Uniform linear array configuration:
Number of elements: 12
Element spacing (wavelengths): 0.25
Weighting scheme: binomial
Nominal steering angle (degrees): -15
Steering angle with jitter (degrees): -13.828
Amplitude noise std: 0.05
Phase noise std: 0.05

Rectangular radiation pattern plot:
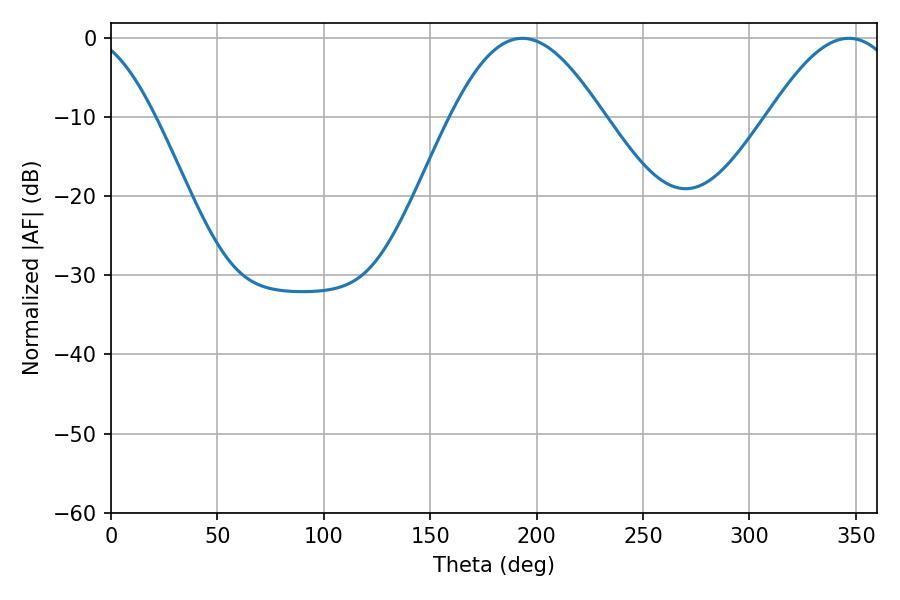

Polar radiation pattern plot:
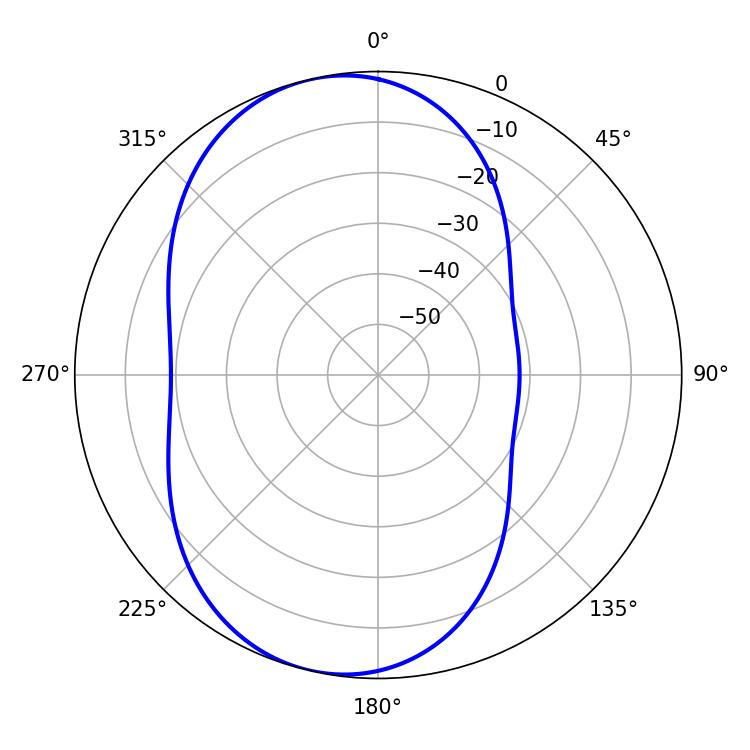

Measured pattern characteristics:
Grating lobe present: FALSE
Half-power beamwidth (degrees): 38.52
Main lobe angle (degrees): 193.32